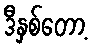
ဒီနှစ်တော့